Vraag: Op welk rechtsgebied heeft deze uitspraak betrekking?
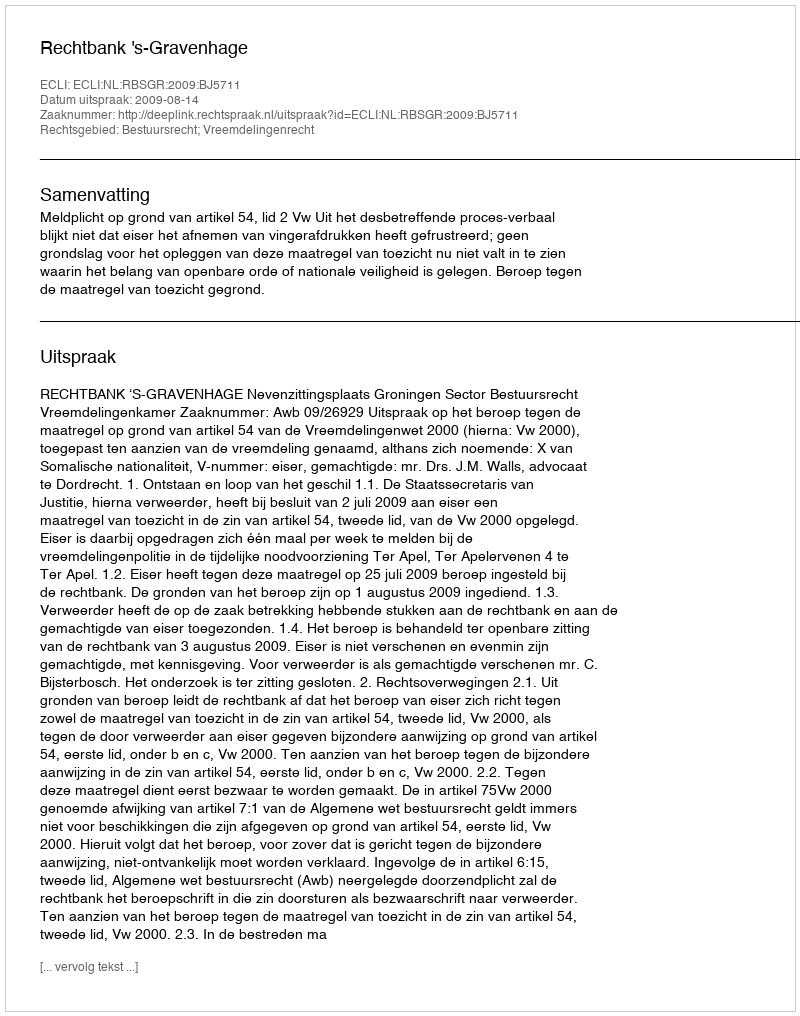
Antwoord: Bestuursrecht; Vreemdelingenrecht